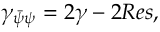
\gamma _ { \bar { \psi } \psi } = 2 \gamma - 2 R e s ,